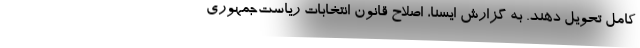
کامل تحویل دهند. به گزارش ایسنا، ‌اصلاح قانون انتخابات ریاست‌جمهوری